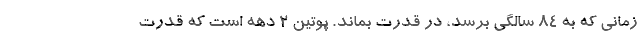
زمانی که به 84 سالگی برسد، در قدرت بماند. پوتین 2 دهه است که قدرت